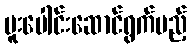
ပူးပေါင်းဆောင်ရွက်မည့်